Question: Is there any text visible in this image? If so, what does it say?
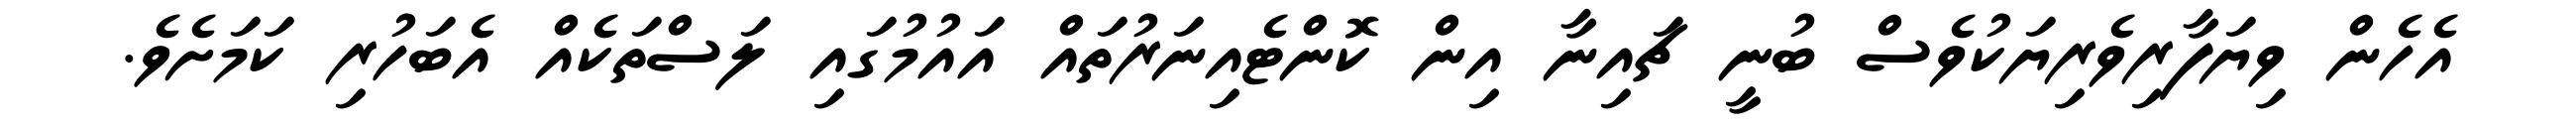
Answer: އެހެން ވިޔަފާރިވެރިޔަކުވެސް ބުނީ ޗައިނާ އިން ކޮންޓެއިނަރުތައް އައުމުގައި ލަސްތަކެއް އެބަހުރި ކަމަށެވެ.